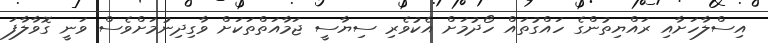
އިސްލާހަށާއި ރައްޔިތުންގެ ހައްގުތައް ހޯދުމަށް އެކުވެރި ސިޔާސީ ޖަމާއަތްތަކަށް ވާގިދިނުމަށްވެސް ވަނީ ގޮވާލާފަ